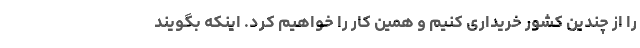
را از چندین کشور خریداری کنیم و همین کار را خواهیم کرد. اینکه بگویند